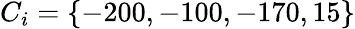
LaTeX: C_{i}=\{ -200,-100,-170,15\}